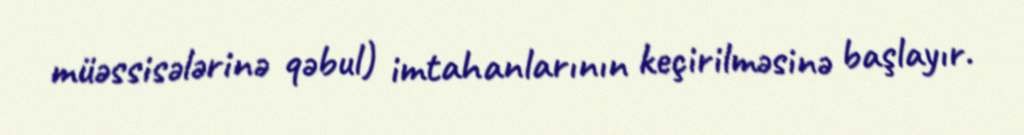
müəssisələrinə qəbul) imtahanlarının keçirilməsinə başlayır.